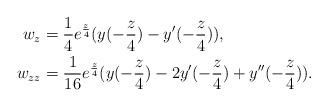
LaTeX: \begin{align*}w_z &= \frac{1}{4} e^{\frac{z}{4}}(y(-\frac{z}{4}) - y'(-\frac{z}{4})), \\w_{zz} &= \frac{1}{16} e^{\frac{z}{4}}(y(-\frac{z}{4}) - 2y'(-\frac{z}{4}) + y''(-\frac{z}{4})).\end{align*}